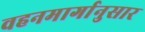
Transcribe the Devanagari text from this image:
वहनमार्गानुसार